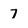
Character: 7